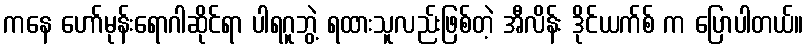
ကနေ ဟော်မုန်းရောဂါဆိုင်ရာ ပါရဂူဘွဲ့ ရထားသူလည်းဖြစ်တဲ့ အီလိန်း ဒိုင်ယက်စ် က ပြောပါတယ်။